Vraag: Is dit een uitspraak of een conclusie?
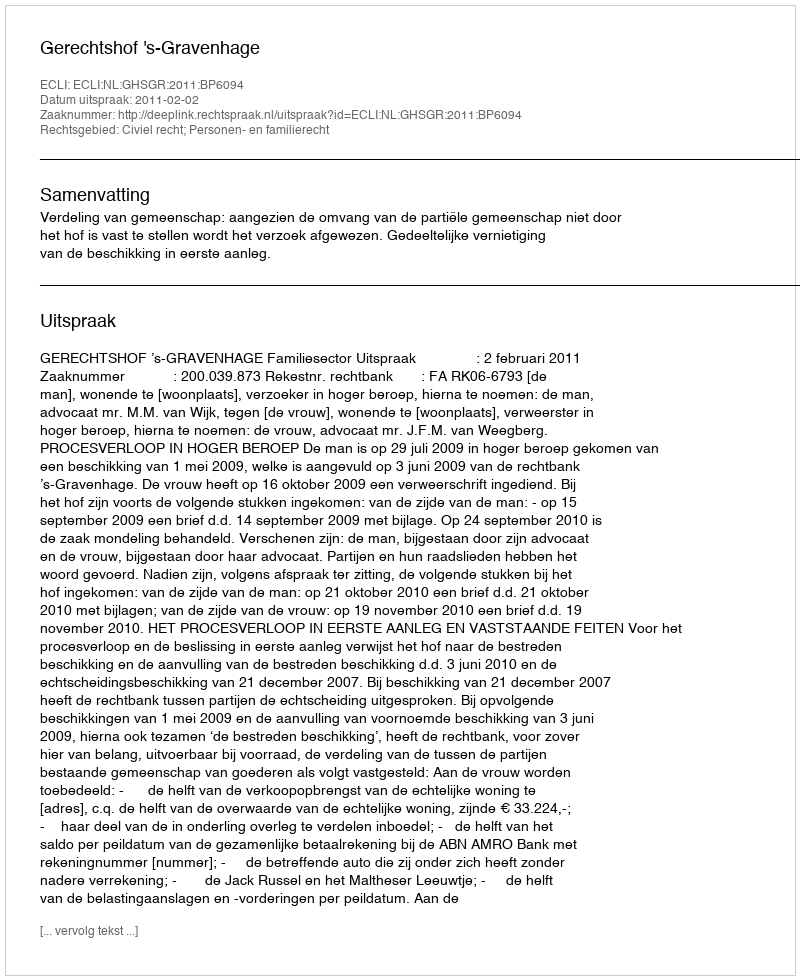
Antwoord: Uitspraak